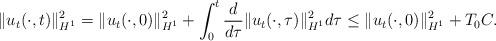
LaTeX: \begin{align*} \|u_t(\cdot,t)\|_{H^1}^2= \|u_t(\cdot,0)\|_{H^1}^2+\int_0^t \frac{d}{d\tau}\|u_t(\cdot,\tau)\|_{H^1}^2 d\tau \leq \|u_t(\cdot,0)\|_{H^1}^2+T_0C.\end{align*}